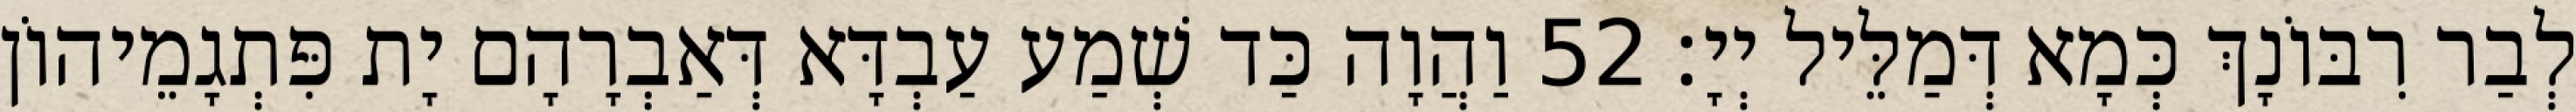
לְבַר רִבּוֹנָךְ כְּמָא דְּמַלֵּיל יְיָ׃ 52 וַהֲוָה כַּד שְׁמַע עַבְדָּא דְּאַבְרָהָם יָת פִּתְגָמֵיהוֹן